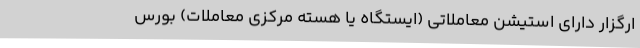
ارگزار دارای استیشن معاملاتی (ایستگاه یا هسته مرکزی معاملات) بورس